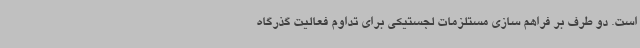
است. دو طرف بر فراهم سازی مستلزمات لجستیکی برای تداوم فعالیت گذرگاه